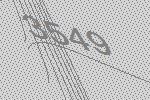
3549